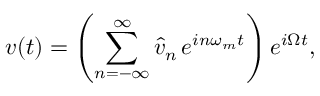
v ( t ) = \left( \sum _ { n = - \infty } ^ { \infty } \hat { v } _ { n } \, e ^ { i n \omega _ { m } t } \right) e ^ { i \Omega t } ,